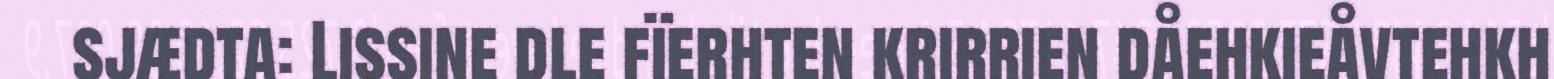
sjædta: Lissine dle fïerhten krirrien dåehkieåvtehkh